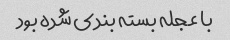
با عجله بسته بندی شده بود